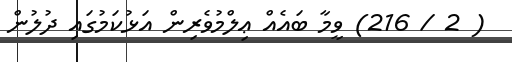
( 2 / 216) ވީމާ ބައެއް ޢިލްމުވެރިން އަޅުކަމުގައި ދުލުން